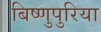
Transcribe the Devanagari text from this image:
बिष्णुपुरिया